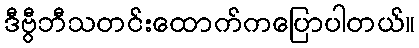
ဒီဗွီဘီသတင်းထောက်ကပြောပါတယ်။